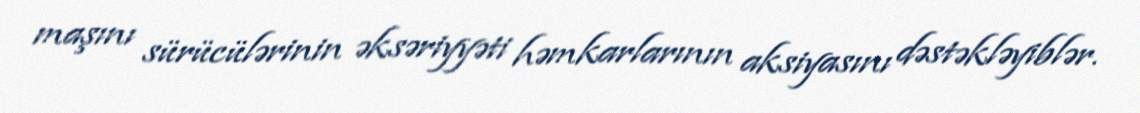
maşını sürücülərinin əksəriyyəti həmkarlarının aksiyasını dəstəkləyiblər.